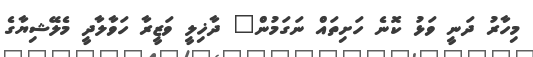
މިހާރު ދަނީ ވަޅު ކޮނެ ހަށިތައް ނަގަމުން" ދާޚިލީ ވަޒީރާ ހަވާލާދީ މެލޭޝިޔާގެ